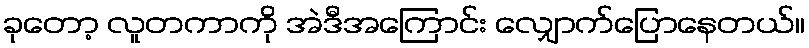
ခုတော့ လူတကာကို အဲဒီအကြောင်း လျှောက်ပြောနေတယ်။